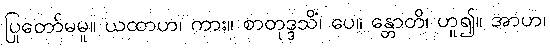
ပြုတော်မမူ။ ယထာဟ၊ ကား။ စာတုဒ္ဒသိံ၊ ပေ။ န္တောတိ၊ ဟူ၍။ အာဟ၊